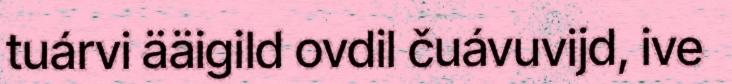
tuárvi ääigild ovdil čuávuvijd, ive